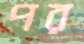
পর